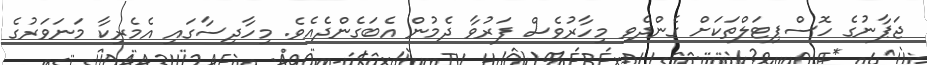
ޖަޕާނުގެ ހޮސްޕިޓަލްތަކަށް ގެންދެވި މިހާރުވެސް ފަރުވާ ދެމުން އެބަގެންދެއެވެ. މިހާދިސާގައި އެމެރިކާ މަނަވަރުގެ